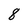
Character: 8